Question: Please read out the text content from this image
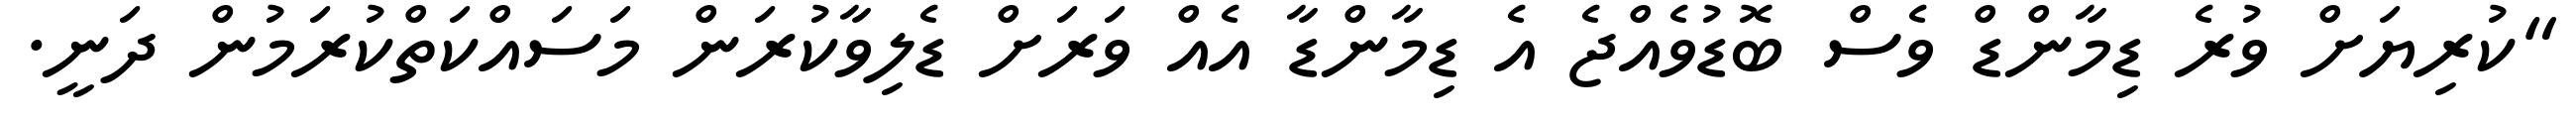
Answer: "ކުރިޔަށް ވުރެ ޑިމާންޑް ވެސް ބޮޑުވެއްޖެ އެ ޑިމާންޑާ އެއް ވަރަށް ޑެލިވާކުރަން މަސައްކަތްކުރަމުން ދަނީ.